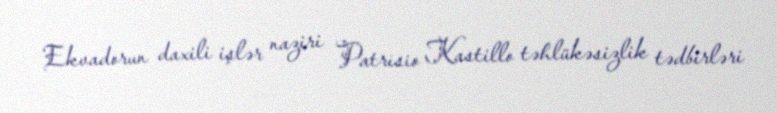
Ekvadorun daxili işlər naziri Patrisio Kastillo təhlükəsizlik tədbirləri